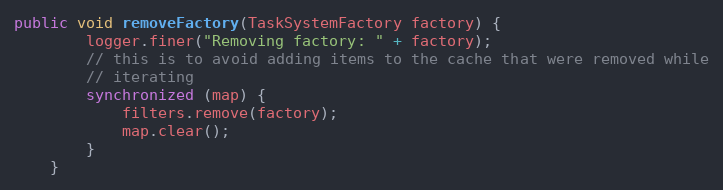
Language: Java
public void removeFactory(TaskSystemFactory factory) {
		logger.finer("Removing factory: " + factory);
		// this is to avoid adding items to the cache that were removed while
		// iterating
		synchronized (map) {
			filters.remove(factory);
			map.clear();
		}
	}